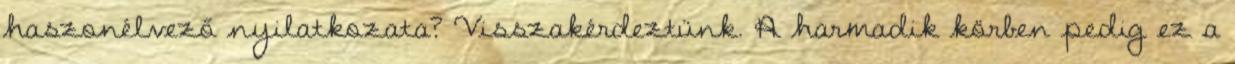
haszonélvező nyilatkozata? Visszakérdeztünk. A harmadik körben pedig ez a